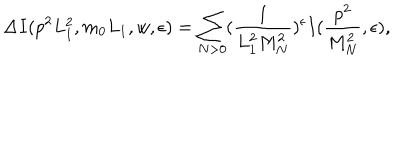
\Delta I ( p ^ { 2 } L _ { 1 } ^ { 2 } , m _ { 0 } L _ { 1 } , w , \epsilon ) = \sum _ { N > 0 } ( \frac { 1 } { L _ { 1 } ^ { 2 } M _ { N } ^ { 2 } } ) ^ { \epsilon } I ( \frac { p ^ { 2 } } { M _ { N } ^ { 2 } } , \epsilon ) ,